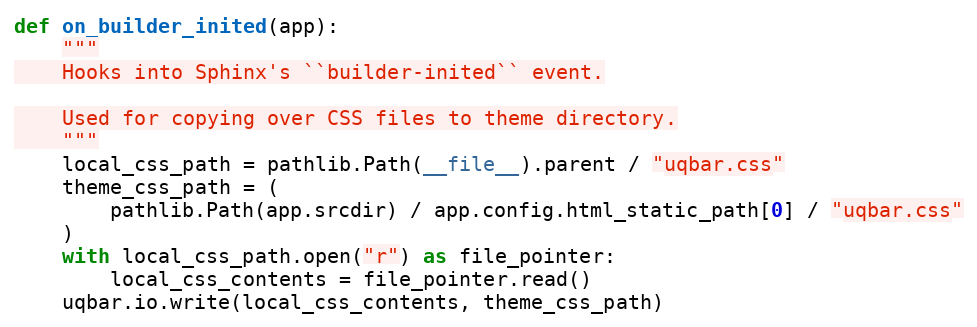
Language: Python
def on_builder_inited(app):
    """
    Hooks into Sphinx's ``builder-inited`` event.

    Used for copying over CSS files to theme directory.
    """
    local_css_path = pathlib.Path(__file__).parent / "uqbar.css"
    theme_css_path = (
        pathlib.Path(app.srcdir) / app.config.html_static_path[0] / "uqbar.css"
    )
    with local_css_path.open("r") as file_pointer:
        local_css_contents = file_pointer.read()
    uqbar.io.write(local_css_contents, theme_css_path)